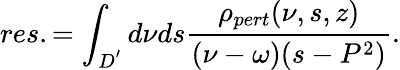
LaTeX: res.=\int_{D^{'}}d\nu ds{\frac{\rho_{pert}(\nu,s,z)}{(\nu-\omega)(s-P^{2})}}.